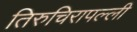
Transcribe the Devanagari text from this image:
तिरुचिरापल्‍ली